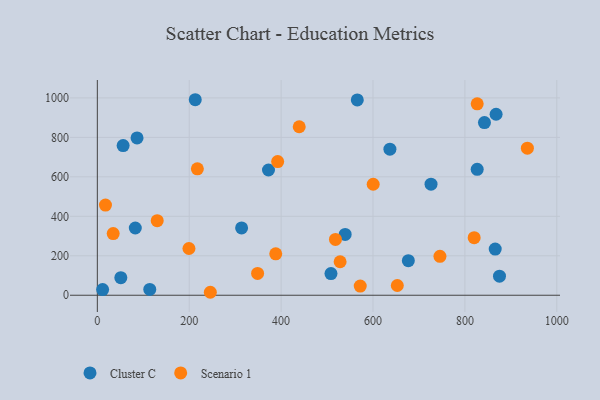
{"axis": {"x": "Engine Size", "y": "Yield"}, "legend": ["Cluster C", "Scenario 1"], "data": [{"x": "314.0", "y": 340.9, "type": "Cluster C"}, {"x": "372.5", "y": 634.7, "type": "Cluster C"}, {"x": "82.6", "y": 340.6, "type": "Cluster C"}, {"x": "826.8", "y": 637.8, "type": "Cluster C"}, {"x": "867.9", "y": 917.0, "type": "Cluster C"}, {"x": "213.1", "y": 990.7, "type": "Cluster C"}, {"x": "726.3", "y": 563.0, "type": "Cluster C"}, {"x": "114.1", "y": 29.6, "type": "Cluster C"}, {"x": "676.9", "y": 175.3, "type": "Cluster C"}, {"x": "539.4", "y": 308.3, "type": "Cluster C"}, {"x": "11.5", "y": 28.8, "type": "Cluster C"}, {"x": "56.1", "y": 758.5, "type": "Cluster C"}, {"x": "875.3", "y": 96.8, "type": "Cluster C"}, {"x": "565.8", "y": 989.5, "type": "Cluster C"}, {"x": "866.0", "y": 233.7, "type": "Cluster C"}, {"x": "842.6", "y": 874.9, "type": "Cluster C"}, {"x": "86.4", "y": 797.3, "type": "Cluster C"}, {"x": "636.8", "y": 740.2, "type": "Cluster C"}, {"x": "508.5", "y": 109.8, "type": "Cluster C"}, {"x": "51.1", "y": 89.2, "type": "Cluster C"}, {"x": "820.2", "y": 291.7, "type": "Scenario 1"}, {"x": "936.0", "y": 745.4, "type": "Scenario 1"}, {"x": "572.2", "y": 46.5, "type": "Scenario 1"}, {"x": "17.7", "y": 456.8, "type": "Scenario 1"}, {"x": "130.3", "y": 377.8, "type": "Scenario 1"}, {"x": "826.8", "y": 969.9, "type": "Scenario 1"}, {"x": "600.4", "y": 562.3, "type": "Scenario 1"}, {"x": "388.3", "y": 209.7, "type": "Scenario 1"}, {"x": "199.4", "y": 236.8, "type": "Scenario 1"}, {"x": "528.4", "y": 169.6, "type": "Scenario 1"}, {"x": "652.9", "y": 49.3, "type": "Scenario 1"}, {"x": "745.7", "y": 197.3, "type": "Scenario 1"}, {"x": "392.5", "y": 677.1, "type": "Scenario 1"}, {"x": "217.7", "y": 640.3, "type": "Scenario 1"}, {"x": "518.3", "y": 282.7, "type": "Scenario 1"}, {"x": "245.9", "y": 15.0, "type": "Scenario 1"}, {"x": "34.5", "y": 312.3, "type": "Scenario 1"}, {"x": "439.4", "y": 853.7, "type": "Scenario 1"}, {"x": "348.8", "y": 110.3, "type": "Scenario 1"}]}